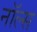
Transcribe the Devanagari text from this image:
नॉल्स